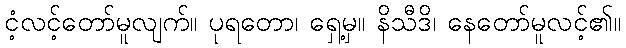
ငံ့လင့်တော်မူလျက်။ ပုရတော၊ ရှေ့မှ။ နိသီဒိ၊ နေတော်မူလင့်၏။